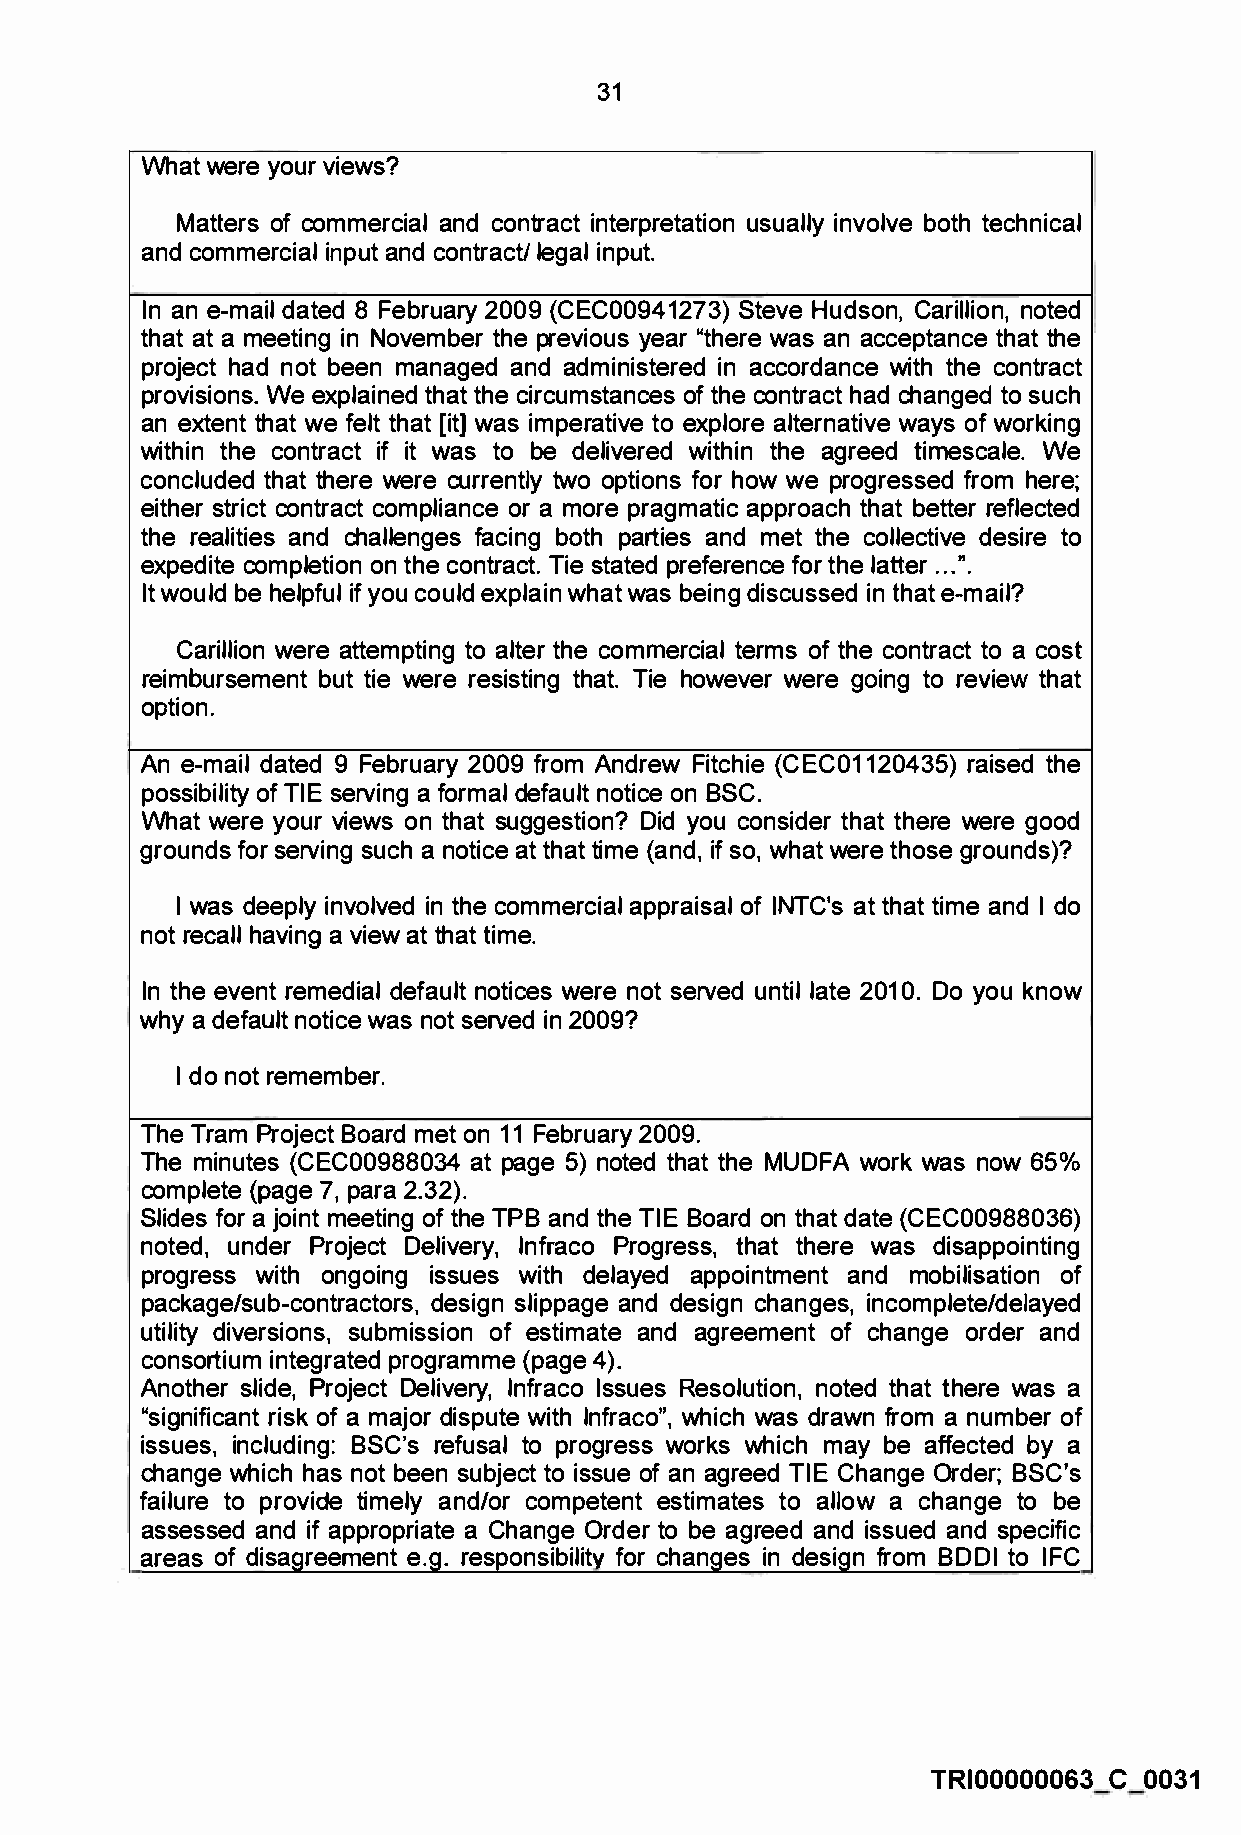
31
 What were your views?
 Matters of commercial and contract interpretation usually involve both technical
 and commercial input and contract/ legal input.
 In an e-mail dated 8 February 2009 (CEC00941273) Steve Hudson, Carillion, noted
 that at a meeting in November the previous year "there was an acceptance that the
 project had not been managed and administered in accordance with the contract
 provisions. We explained that the circumstances of the contract had changed to such
 an extent that we felt that [it] was imperative to explore alternative ways of working
 within the contract if it was to be delivered within the agreed timescale. We
 concluded that there were currently two options for how we progressed from here;
 either strict contract compliance or a more pragmatic approach that better reflected
 the realities and challenges facing both parties and met the collective desire to
 expedite completion on the contract. Tie stated preference for the latter ... ".
 It would be helpful if you could explain what was being discussed in that e-mail?
 Carillion were attempting to alter the commercial terms of the contract to a cost
 reimbursement but tie were resisting that. Tie however were going to review that
 option.
 An e-mail dated 9 February 2009 from Andrew Fitchie (CEC01120435) raised the
 possibility of TIE serving a formal default notice on BSC.
 What were your views on that suggestion? Did you consider that there were good
 grounds for serving such a notice at that time (and, if so, what were those grounds)?
 I was deeply involved in the commercial appraisal of INTC's at that time and I do
 not recall having a view at that time.
 In the event remedial default notices were not served until late 2010. Do you know
 why a default notice was not served in 2009?
 I do not remember.
 The Tram Project Board met on 11 February 2009.
 The minutes (CEC00988034 at page 5) noted that the MUDFA work was now 65%
 complete (page 7, para 2.32).
 Slides for a joint meeting of the TPB and the TIE Board on that date (CEC00988036)
 noted, under Project Delivery, lnfraco Progress, that there was disappointing
 progress with ongoing issues with delayed appointment and mobilisation of
 package/sub-contractors, design slippage and design changes, incomplete/delayed
 utility diversions, submission of estimate and agreement of change order and
 consortium integrated programme (page 4).
 Another slide, Project Delivery, lnfraco Issues Resolution, noted that there was a
 "significant risk of a major dispute with lnfraco", which was drawn from a number of
 issues, including: BSC's refusal to progress works which may be affected by a
 change which has not been subject to issue of an agreed TIE Change Order; BSC's
 failure to provide timely and/or competent estimates to allow a change to be
 assessed and if appropriate a Change Order to be agreed and issued and specific
 areas of disagreement e.g. responsibility for changes in design from BDDI to IFC
 TRI00000063 C 0031